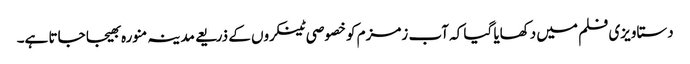
دستاویزی فلم میں دکھایا گیا کہ آب زمزم کو خصوصی ٹینکروں کے ذریعے مدینہ منورہ بھیجا جاتا ہے۔